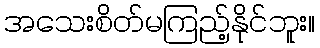
အသေးစိတ်မကြည့်နိုင်ဘူး။